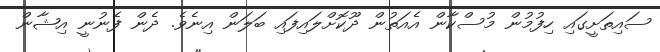
ސައިތަށީގައި ހިފުމުން މުސްކާން އެއަތުން ދޫކޮށްލައިފައި ބަލަން އިނެވެ. ދެން ފެނުނީ އިޝާން